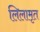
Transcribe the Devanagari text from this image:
लिलामृत